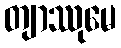
တျာဿုမေ